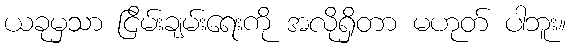
ယခုမှသာ ငြိမ်းချမ်းရေးကို အလိုရှိတာ မဟုတ် ပါဘူး။